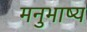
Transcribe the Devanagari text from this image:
मनुभाष्य